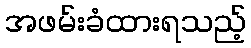
အဖမ်းခံထားရသည့်